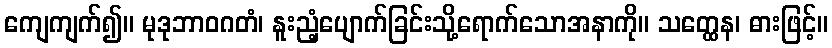
ကျေကျက်၍။ မုဒုဘာဝဂတံ၊ နူးညံ့ပျောက်ခြင်းသို့ရောက်သောအနာကို။ သတ္ထေန၊ ဓားဖြင့်။